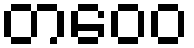
တဝေဝ